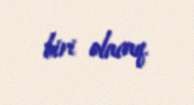
biri olacaq.